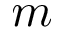
m